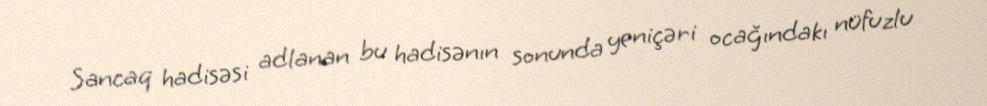
Sancaq hadisəsi adlanan bu hadisənın sonunda yeniçəri ocağındakı nüfuzlu